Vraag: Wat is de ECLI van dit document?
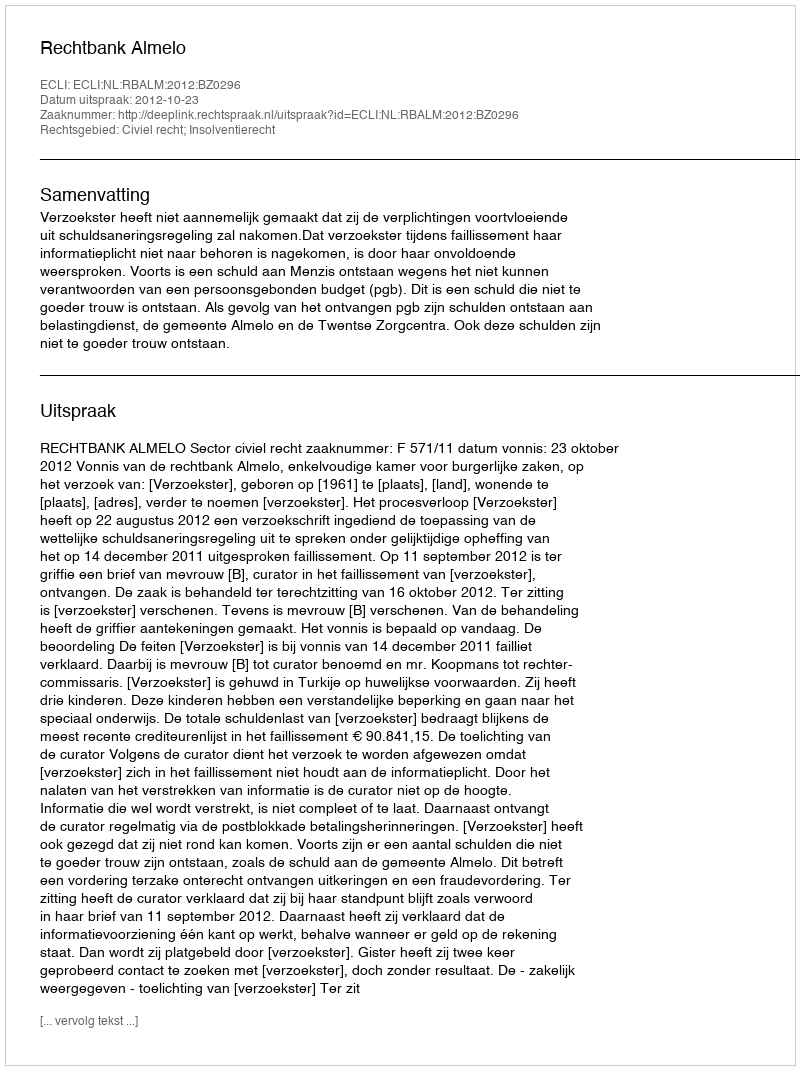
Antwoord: ECLI:NL:RBALM:2012:BZ0296